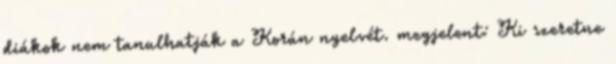
diákok nem tanulhatják a Korán nyelvét. megjelent: Ki szeretne